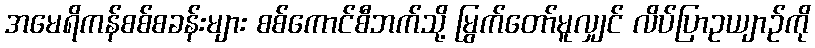
အမေရိကန်စစ်စခန်းများ စစ်ကောင်စီဘက်သို့ မြွက်တော်မူလျှင် လိပ်ပြာဥယျာဉ်ကို